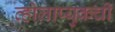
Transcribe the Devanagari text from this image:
व्होलाप्युकची